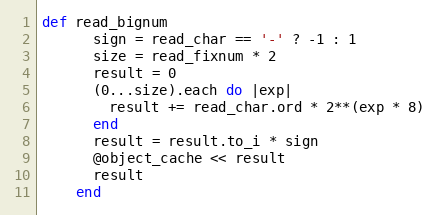
Language: Ruby
def read_bignum
      sign = read_char == '-' ? -1 : 1
      size = read_fixnum * 2
      result = 0
      (0...size).each do |exp|
        result += read_char.ord * 2**(exp * 8)
      end
      result = result.to_i * sign
      @object_cache << result
      result
    end